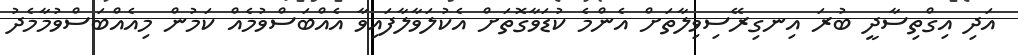
އަދި އިގްތިސާދީ ބުރަ އިނގިރޭސިވިލާތަށް އެންމެ ކުޑަވާގޮތަށް އެކުލަވާލާފައިވާ އެއްބަސްވުމެއް ކަމުން މިއެއްބަސްވުމާމެދު